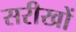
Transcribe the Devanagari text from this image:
सरीखों